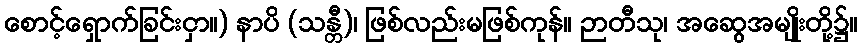
စောင့်ရှောက်ခြင်းငှာ။) နာပိ (သန္တီ)၊ ဖြစ်လည်းမဖြစ်ကုန်။ ဉာတီသု၊ အဆွေအမျိုးတို့၌။